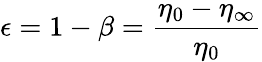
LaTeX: \epsilon=1-\beta=\frac{\eta_{0}-\eta_{\infty}}{\eta_{0}}